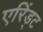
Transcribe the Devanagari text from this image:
एरिंड्ट